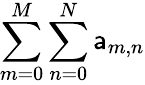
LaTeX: \sum\limits_{m=0}^{M}\sum\limits_{n=0}^{N}\mathsf{a}_{m,n}